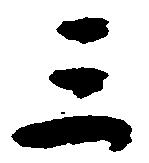
三